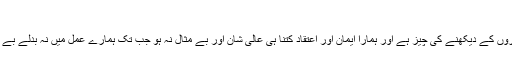
تو وُہ اعتماد کا درجہ اُنھی کو حاصل ہوگا –
اعتقاد ہماری ذاتی چیز اور دوسروں سے مخفی ہیں مگر عمل ظاہری اور دوسروں کے دیکھنے کی چیز ہے اور ہمارا ایمان اور اعتقاد کتنا ہی عالی شان اور بے مثال نہ ہو جب تک ہمارے عمل میں نہ بدلے بے فاءدہ ہے نہ صرف ہماری اپنی زات کے لیے بلکہ اور دوسروں کے لیے بھی۔